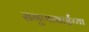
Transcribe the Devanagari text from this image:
सगुणाबाईंच्या